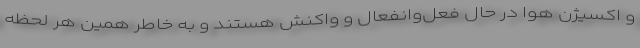
و اکسیژن هوا در حال فعل‌وانفعال و واکنش هستند و به خاطر همین هر لحظه